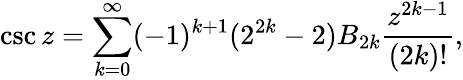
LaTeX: \csc z=\sum_{k=0}^{\infty}(-1)^{k+1}(2^{2k}-2)B_{2k}{\frac{z^{2k-1}}{(2k)!}},